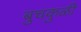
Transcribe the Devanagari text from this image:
बुचकुळी